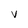
Character: v